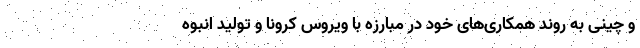
و چینی به روند همکاری‌های خود در مبارزه با ویروس کرونا و تولید انبوه